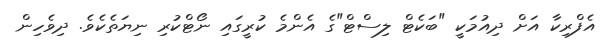
އެފްރިކާ އަށް ދިއުމަކީ "ބަކެޓް ލިސްޓް"ގެ އެންމެ ކުރީގައި ނޯޓްކުރި ނިޔަތެކެވެ. ދިވެހިން